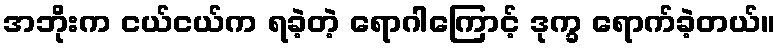
အဘိုးက ငယ်ငယ်က ရခဲ့တဲ့ ရောဂါကြောင့် ဒုက္ခ ရောက်ခဲ့တယ်။